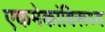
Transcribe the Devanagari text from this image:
एकमेकांविरूध्द